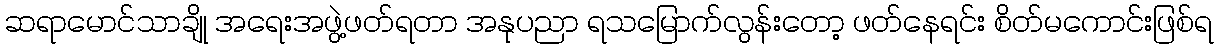
ဆရာမောင်သာချို အရေးအဖွဲ့ဖတ်ရတာ အနုပညာ ရသမြောက်လွန်းတော့ ဖတ်နေရင်း စိတ်မကောင်းဖြစ်ရ